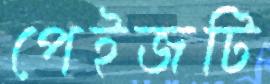
পেইজটি